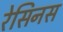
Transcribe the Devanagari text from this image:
रेसिनस